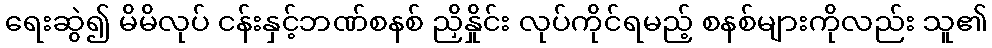
ရေးဆွဲ၍ မိမိလုပ် ငန်းနှင့်ဘဏ်စနစ် ညှိနှိုင်း လုပ်ကိုင်ရမည့် စနစ်များကိုလည်း သူ၏